Scientific memoirs by medical officers of the Army of India - Part XII,
Year: 1901
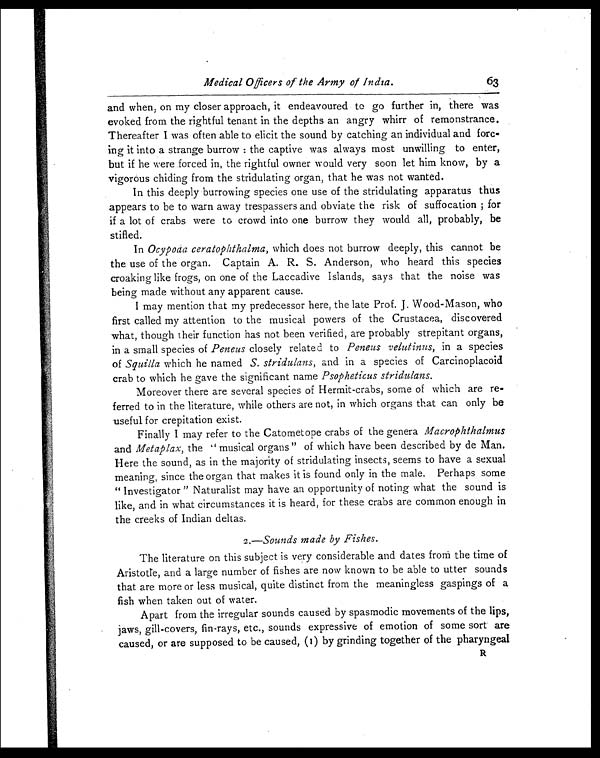
Medical Officers of the Army of India.
63
and when, on my closer approach, it endeavoured to go further in, there was
evoked from the rightful tenant in the depths an angry whirr of remonstrance.
Thereafter I was often able to elicit the sound by catching an individual and forc-
ing it into a strange burrow : the captive was always most unwilling to enter,
but if he were forced in, the rightful owner would very soon let him know, by a
vigorous chiding from the stridulating organ, that he was not wanted.
In this deeply burrowing species one use of the stridulating apparatus thus
appears to be to warn away trespassers and obviate the risk of suffocation ; for
if a lot of crabs were to crowd into one burrow they would all, probably, be
stifled.
In Ocypoaa ceratophthalma, which does not burrow deeply, this cannot be
the use of the organ. Captain A. R. S. Anderson, who heard this species
croaking like frogs, on one of the Laccadive Islands, says that the noise was
being made without any apparent cause.
I may mention that my predecessor here, the late Prof. J. Wood-Mason, who
first called my attention to the musical powers of the Crustacea, discovered
what, though their function has not been verified, are probably strepitant organs,
in a small species of Peneus closely related to Peneus velutinus, in a species
of Squilla which he named S. stridulans, and in a species of Carcinoplacoid
crab to which he gave the significant name Psopheticus stridulans.
Moreover there are several species of Hermit-crabs, some of which are re-
ferred to in the literature, while others are not, in which organs that can only be
useful for crepitation exist.
Finally I may refer to the Catometope crabs of the genera Macrophthalmus
and Metaplax, the " musical organs " of which have been described by de Man.
Here the sound, as in the majority of stridulating insects, seems to have a sexual
meaning, since the organ that makes it is found only in the male. Perhaps some
" Investigator " Naturalist may have an opportunity of noting what the sound is
like, and in what circumstances it is heard, for these crabs are common enough in
the creeks of Indian deltas.
2.—Sounds made by Fishes.
The literature on this subject is very considerable and dates from the time of
Aristotle, and a large number of fishes are now known to be able to utter sounds
that are more or less musical, quite distinct from the meaningless gaspings of a
fish when taken out of water.
Apart from the irregular sounds caused by spasmodic movements of the lips,
jaws, gill-covers, fin-rays, etc., sounds expressive of emotion of some sort are
caused, or are supposed to be caused, (I) by grinding together of the pharyngeal
R